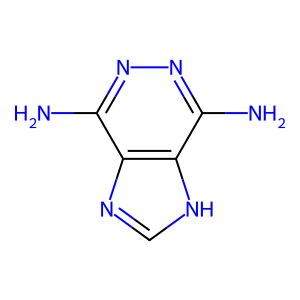
SMILES: Nc1nnc(N)c2[nH]cnc12
Inhibits HIV replication: No